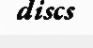
discs